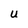
Character: U